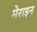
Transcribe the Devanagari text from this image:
मेराइन